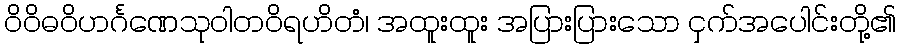
ဝိဝိဓဝိဟင်္ဂဏေသုဝါတဝိရဟိတံ၊ အထူးထူး အပြားပြားသော ငှက်အပေါင်းတို့၏